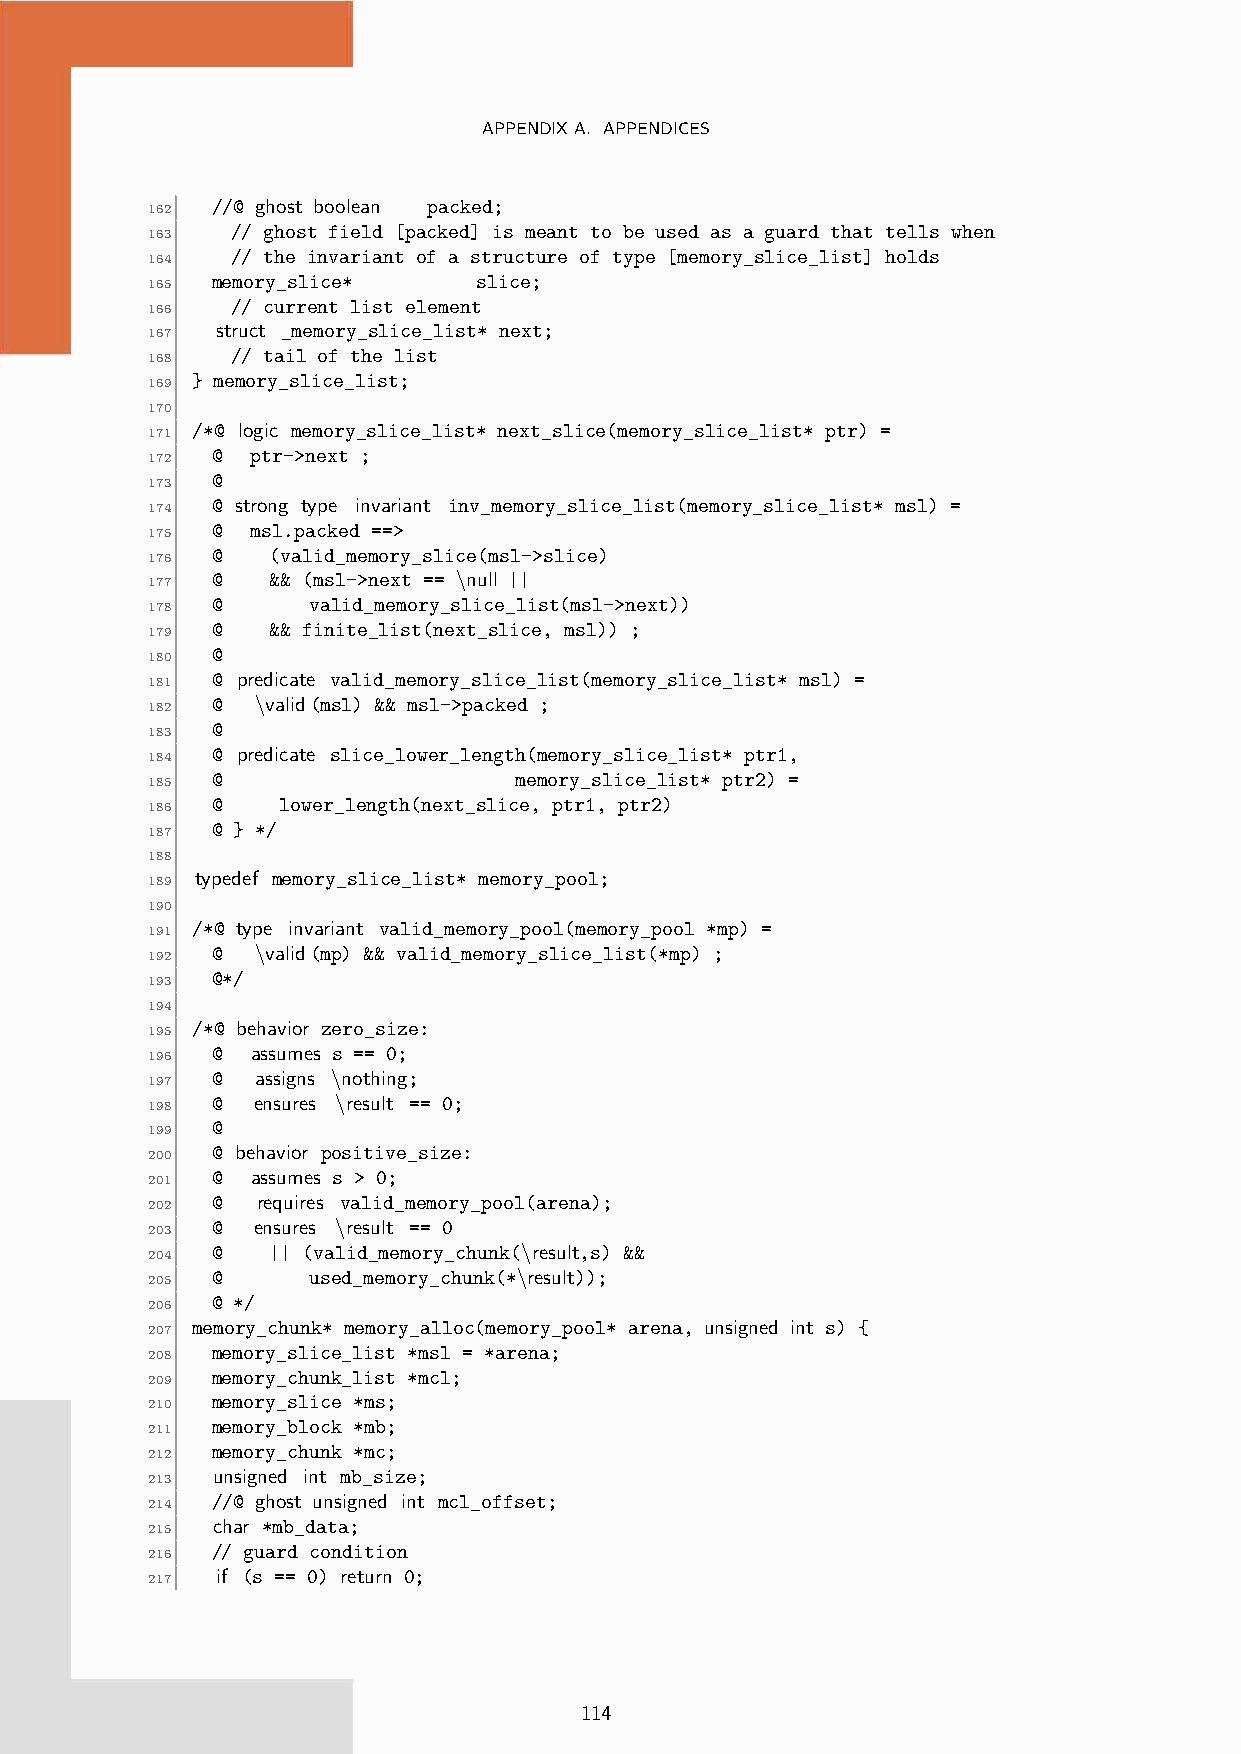
APPENDIXA. APPENDICES
 //@ ghost boolean packed;
 162
 // ghost field [packed] is meant to be used as a guard that tells when
 163
 // the invariant of a structure of type [memory_slice_list] holds
 164
 memory_slice*     slice;
 165
 // current list element
 166
 struct _memory_slice_list* next;
 167
 // tail of the list
 168
 } memory_slice_list;
 169
 170
 /*@ logic memory_slice_list* next_slice(memory_slice_list* ptr) =
 171
 @  ptr->next ;
 172
 @
 173
 @ strong type invariant inv_memory_slice_list(memory_slice_list* msl) =
 174
 @  msl.packed ==>
 175
 @   (valid_memory_slice(msl->slice)
 176
 @   && (msl->next == \null ||
 177
 @     valid_memory_slice_list(msl->next))
 178
 @   && finite_list(next_slice, msl)) ;
 179
 @
 180
 @ predicate valid_memory_slice_list(memory_slice_list* msl) =
 181
 @  \valid(msl) && msl->packed ;
 182
 @
 183
 @ predicate slice_lower_length(memory_slice_list* ptr1,
 184
 @                   memory_slice_list* ptr2) =
 185
 @    lower_length(next_slice, ptr1, ptr2)
 186
 @ } */
 187
 188
 typedef memory_slice_list* memory_pool;
 189
 190
 /*@ type invariant valid_memory_pool(memory_pool *mp) =
 191
 @  \valid(mp) && valid_memory_slice_list(*mp) ;
 192
 @*/
 193
 194
 /*@ behavior zero_size:
 195
 @  assumes s == 0;
 196
 @  assigns \nothing;
 197
 @  ensures \result == 0;
 198
 @
 199
 @ behavior positive_size:
 200
 @  assumes s > 0;
 201
 @  requires valid_memory_pool(arena);
 202
 @  ensures \result == 0
 203
 @   || (valid_memory_chunk(\result,s) &&
 204
 @     used_memory_chunk(*\result));
 205
 @ */
 206
 memory_chunk* memory_alloc(memory_pool* arena, unsigned int s) {
 207
 memory_slice_list *msl = *arena;
 208
 memory_chunk_list *mcl;
 209
 memory_slice *ms;
 210
 memory_block *mb;
 211
 memory_chunk *mc;
 212
 unsigned int mb_size;
 213
 //@ ghost unsigned int mcl_offset;
 214
 char *mb_data;
 215
 // guard condition
 216
 if (s == 0) return 0;
 217
 114